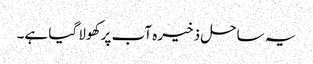
یہ ساحل ذخیرہ آب پر کھولا گیا ہے۔